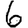
Digit: 6